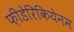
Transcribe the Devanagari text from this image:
फ़ीडेरिकियेनम